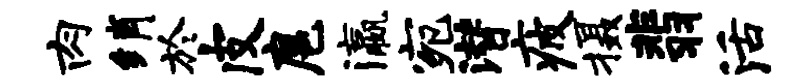
肉绡於皮扈瀛宛潜疲摄翡活